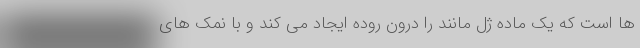
ها است که یک ماده ژل مانند را درون روده ایجاد می کند و با نمک های